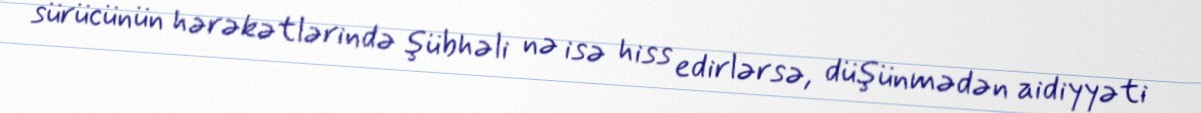
sürücünün hərəkətlərində şübhəli nə isə hiss edirlərsə, düşünmədən aidiyyəti